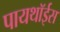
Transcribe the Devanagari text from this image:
पायथॉईस